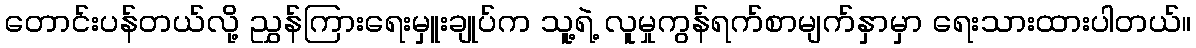
တောင်းပန်တယ်လို့ ညွှန်ကြားရေးမှူးချုပ်က သူ့ရဲ့ လူမှုကွန်ရက်စာမျက်နှာမှာ ရေးသားထားပါတယ်။